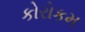
કોરોકમ